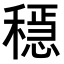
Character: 𥡷